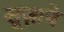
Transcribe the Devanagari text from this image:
सूज़ाने